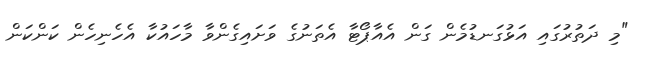
"މި ދަތުރުގައި އަޅުގަނޑުމެން ގަން އެއާޕޯޓާ އެތަނުގެ ވަށައިގެންވާ މާހައުކާ އެހެނިހެން ކަންކަން